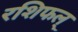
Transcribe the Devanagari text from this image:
रशिफल्